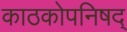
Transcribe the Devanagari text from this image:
काठकोपनिषद्